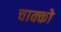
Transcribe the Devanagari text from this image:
चाक्को